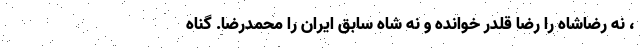
، نه رضاشاه را رضا قلدر خوانده و نه شاه سابق ایران را محمدرضا. گناه